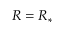
R = R _ { * }